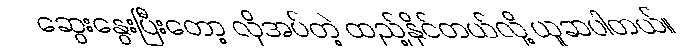
ဆွေးနွေးပြီးတော့ လိုအပ်တဲ့ ထည့်နိုင်တယ်လို့ ယူဆပါတယ်။